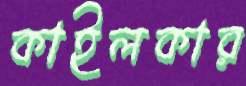
কাইলকার